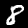
Digit: 8